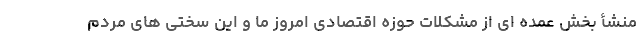
منشأ بخش عمده ای از مشکلات حوزه اقتصادی امروز ما و این سختی های مردم